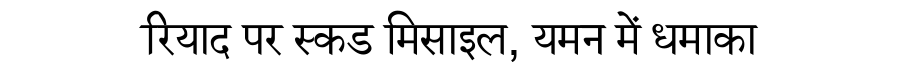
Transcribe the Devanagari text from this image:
रियाद पर स्कड मिसाइल, यमन में धमाका